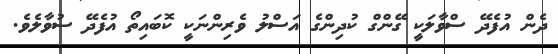
ދެން އުފެދޭ ސްވާލަކީ ގޭންގް ކުދިންގެ އަސްލު ވެރިންނަކީ ކޮބައިތޯ އުފެދޭ ސުވާލެވެ.